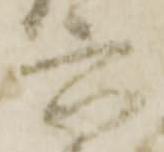
六